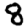
Digit: 8